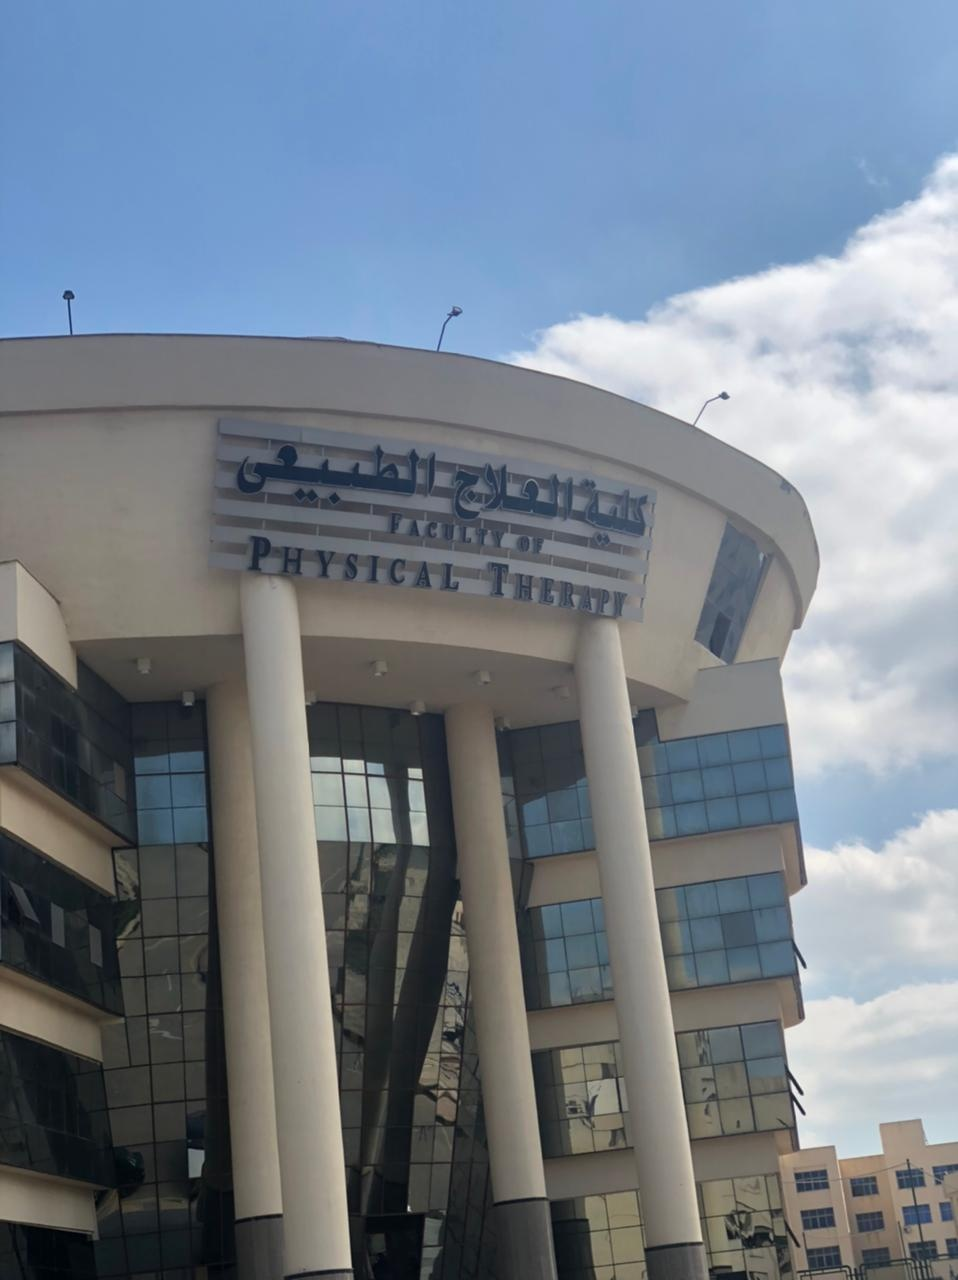
Text in image: الطبيعى العلاج كلية FACULTY OF PHYSICAL THERAPY